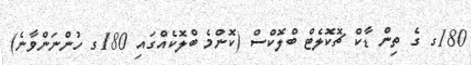
180ގ ގެ ތިން ޑާކް ޗޮކޮލެޓް ބްލޮކްސް (ކޮންމެ ބްލޮކެއްގައި 180ގ ހުންނަންވާނެ)